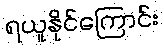
ရယူနိုင်ကြောင်း